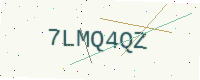
Text: 7LMQ4QZ